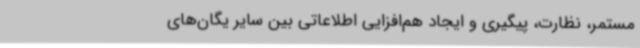
مستمر، نظارت، پیگیری و ایجاد هم‌افزایی اطلاعاتی بین سایر یگان‌های